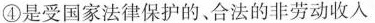
④是受国家法律保护的、合法的非劳动收入